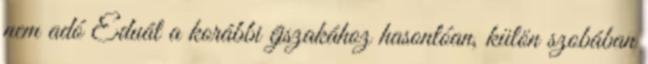
nem adó Eduát a korábbi éjszakához hasonlóan, külön szobában